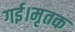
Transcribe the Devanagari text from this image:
गई।मृतक